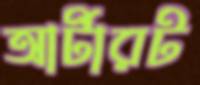
আর্টারট